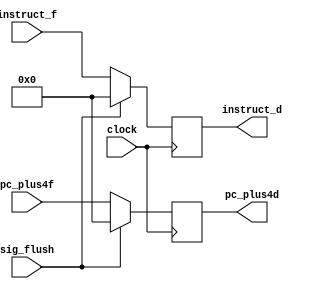
module IF_ID(clock, sig_flush, pc_plus4f, instruct_f, pc_plus4d, instruct_d);
input clock;
input sig_flush;
input [31:0] pc_plus4f;
input [31:0] instruct_f;
output reg[31:0] pc_plus4d;
output reg[31:0] instruct_d;

always@(posedge clock) begin
    if (sig_flush == 1) begin
        instruct_d <= 32'b0;
        pc_plus4d <= 0;
    end
    else begin
        instruct_d <= instruct_f;
        pc_plus4d <= pc_plus4f;
    end
end
endmodule



module ID_EX(
input clock,
input sig_stall,
input reg_write_d,mem_to_reg_d,mem_write_d,alu_src_d,
input reg_dst_d, mem_read_d, sig_shamp_d, I_type_d,sw_d,
input [4:0] alu_control_d, 
input [4:0] rs_address_d, rt_address_d, rd_address_d, shamp_d,
input [31:0] extend_num_d, 
output reg reg_write_e,mem_to_reg_e,mem_write_e,
output reg alu_src_e, reg_dst_e, mem_read_e, sig_shamp_e, I_type_e,sw_e,
output reg[4:0] alu_control_e, 
output reg[4:0] rs_address_e, rt_address_e, rd_address_e, shamp_e,
output reg[31:0] extend_num_e
);

always@(posedge clock) begin
    if (sig_stall == 1) begin
        // reg_write_e <= 0;
        // mem_to_reg_e <= 0;
        // mem_write_e <= 0;
        // //sig_branch_e <= sig_branch_d;
        // alu_src_e <= 0;
        // reg_dst_e <= 0;
        // mem_read_e <= 0;
        // extend_num_e <= 0;
        // alu_control_e <= 0;
        // // instruction_e <= 0;
        // rs_address_e <= 0;
        // rt_address_e <= 0;
        // rd_address_e <= 0;
        // shamp_e <= 0;
        // sig_shamp_e <= 0;
        // I_type_e <= 0;
        // sw_e <= 0;
        
        reg_write_e <= 0; //
        mem_to_reg_e <= mem_to_reg_d;
        mem_write_e <= 0;
        //sig_branch_e <= 1'b0;
        alu_control_e <= alu_control_d; //
        alu_src_e <= alu_src_d;
        reg_dst_e <= reg_dst_d;
        rs_address_e <= rs_address_d;
        rt_address_e <= rt_address_d;
        rd_address_e <= rd_address_d;
        extend_num_e <= extend_num_d;
        shamp_e <= shamp_d;
        sig_shamp_e <= sig_shamp_d;
        mem_read_e <= mem_read_d;
        sw_e <= 0;

    end
    else begin
        reg_write_e <= reg_write_d;
        mem_to_reg_e <= mem_to_reg_d;
        mem_write_e <= mem_write_d;
        //sig_branch_e <= sig_branch_d;
        alu_src_e <= alu_src_d;
        reg_dst_e <= reg_dst_d;
        mem_read_e <= mem_read_d;
        extend_num_e <= extend_num_d;
        alu_control_e <= alu_control_d;
        // instruction_e <= instruction_d;
        rs_address_e <= rs_address_d;
        rt_address_e <= rt_address_d;
        rd_address_e <= rd_address_d;
        shamp_e <= shamp_d;
        sig_shamp_e <= sig_shamp_d;
        I_type_e <= I_type_d;
        sw_e <= sw_d;
    end

    // reg_write_e <= reg_write_d;
    // mem_to_reg_e <= mem_to_reg_d;
    // mem_write_e <= mem_write_d;
    // //sig_branch_e <= sig_branch_d;
    // alu_src_e <= alu_src_d;
    // reg_dst_e <= reg_dst_d;
    // mem_read_e <= mem_read_d;
    // extend_num_e <= extend_num_d;
    // alu_control_e <= alu_control_d;
    // // instruction_e <= instruction_d;
    // rs_address_e <= rs_address_d;
    // rt_address_e <= rt_address_d;
    // rd_address_e <= rd_address_d;
    // shamp_e <= shamp_d;
    // sig_shamp_e <= sig_shamp_d;
    // I_type_e <= I_type_d;
    // sw_e <= sw_d;

end
endmodule


module EX_MEM(
input clock, reg_write_e,mem_to_reg_e,mem_write_e, mem_read_e, I_type_e, sw_e,
input[31:0] write_data_e, 
input[4:0] write_reg_e, rd_address_e,
input[31:0] alu_out_e,
output reg reg_write_m,mem_to_reg_m,mem_write_m, mem_read_m, I_type_m, sw_m,
output reg[31:0] write_data_m, 
output reg[4:0] write_reg_m, rd_address_m,
output reg[31:0] alu_out_m
);
always @(posedge clock) begin
    reg_write_m <= reg_write_e;
    mem_to_reg_m <= mem_to_reg_e;
    mem_write_m <= mem_write_e;
    mem_read_m <= mem_read_e;
    alu_out_m <= alu_out_e;
    write_data_m <= write_data_e;
    write_reg_m <= write_reg_e;
    rd_address_m <= rd_address_e;
    I_type_m <= I_type_e;
    sw_m <= sw_e;
end
endmodule


module MEM_WB(
input clock, 
input reg_write_m,mem_to_reg_m,I_type_m, sw_m,
input [31:0] read_data_m, 
input [4:0] write_reg_m,
input [31:0] alu_out_m,
output reg reg_write_w,mem_to_reg_w, I_type_w, sw_w,
output reg[31:0] read_data_w, 
output reg[4:0] write_reg_w,
output reg[31:0] alu_out_w
);
always @(posedge clock) begin
    reg_write_w <= reg_write_m;
    mem_to_reg_w <= mem_to_reg_m;
    read_data_w <= read_data_m;
    write_reg_w <= write_reg_m;
    alu_out_w <= alu_out_m;
    I_type_w <= I_type_m;
    sw_w <= sw_m;
end

endmodule